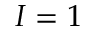
I = 1